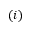
( i )